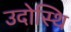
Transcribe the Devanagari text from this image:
उदोस्थि